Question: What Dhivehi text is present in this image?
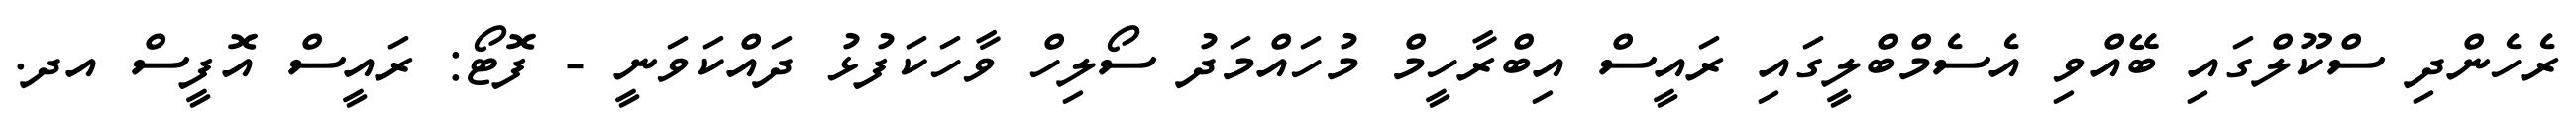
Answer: ރެހެންދި ސްކޫލްގައި ބޭއްވި އެސެމްބްލީގައި ރައީސް އިބްރާހީމް މުހައްމަދު ސޯލިހް ވާހަކަފުޅު ދައްކަވަނީ - ފޮޓޯ: ރައީސް އޮފީސް އދ.